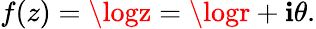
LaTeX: f(z)=\logz=\logr+\mathbf{i}\theta.